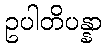
ဥပါတိပန္နာ